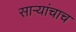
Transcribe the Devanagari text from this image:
साऱ्यांचाच